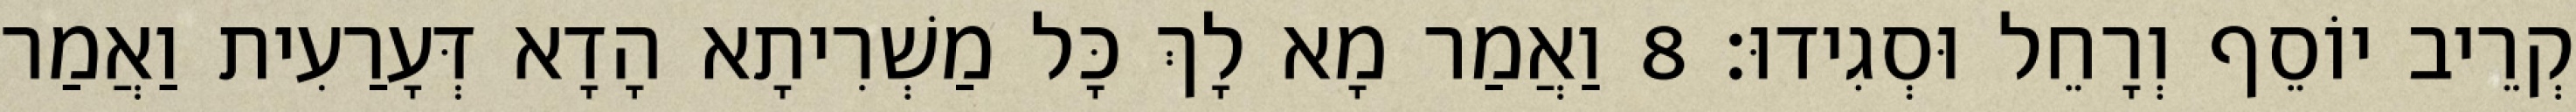
קְרֵיב יוֹסֵף וְרָחֵל וּסְגִידוּ׃ 8 וַאֲמַר מָא לָךְ כָּל מַשְׁרִיתָא הָדָא דְּעָרַעִית וַאֲמַר